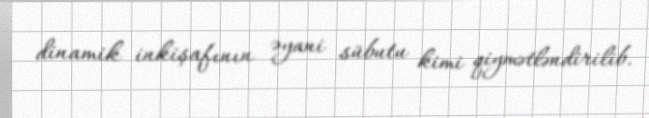
dinamik inkişafının əyani sübutu kimi qiymətləndirilib.